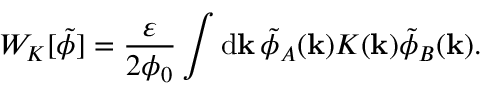
W _ { K } [ \tilde { \phi } ] = \frac { \varepsilon } { 2 \phi _ { 0 } } \int \mathrm { d } \mathbf { k } \, \tilde { \phi } _ { A } ( \mathbf { k } ) K ( \mathbf { k } ) \tilde { \phi } _ { B } ( \mathbf { k } ) .